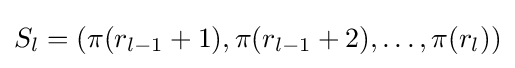
S_{l}=(\pi (r_{l-1}+1),\pi (r_{l-1}+2),\ldots ,\pi (r_{l}))